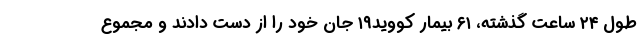
طول ۲۴ ساعت گذشته، ۶۱ بیمار کووید۱۹ جان خود را از دست دادند و مجموع